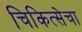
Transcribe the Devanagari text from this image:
चिकित्सेचा